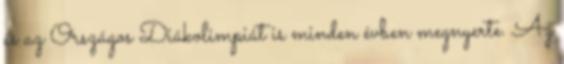
és az Országos Diákolimpiát is minden évben megnyerte. Az